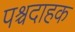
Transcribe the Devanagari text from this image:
पश्चदाहक